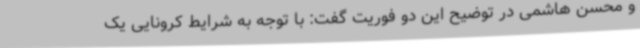
و محسن هاشمی در توضیح این دو فوریت گفت: با توجه به شرایط کرونایی یک